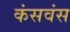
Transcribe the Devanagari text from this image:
कंसवंस